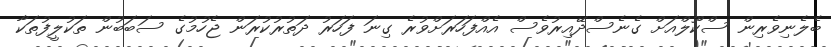
ބެލެނިވެރިން ސްކޫލްއަށް ގެނެސްދޭއިރުވެސް އެއްފަހަރަށްވުރެ ގިނަ ފަހަރު ދަތުރުކުރަން ޖެހުމުގެ ސަބަބުން ތަކުލީފުތަކާ